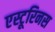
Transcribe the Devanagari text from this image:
एस्टूरिनस